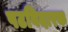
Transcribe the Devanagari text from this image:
पटविदारक